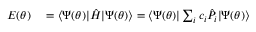
\begin{array} { r l } { E ( \theta ) } & { { } = \langle \Psi ( \theta ) | \hat { H } | \Psi ( \theta ) \rangle = \langle \Psi ( \theta ) | \sum _ { i } { c _ { i } \hat { P } _ { i } } | \Psi ( \theta ) \rangle } \end{array}